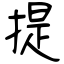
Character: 提